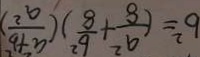
b ^ { 2 } = ( \frac { a ^ { 2 } } { 8 } + \frac { b ^ { 2 } } { 8 } ) ( \frac { a ^ { 2 } + b ^ { 2 } } { a ^ { 2 } } )